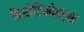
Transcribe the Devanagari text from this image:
कैरोटिनोइड्स